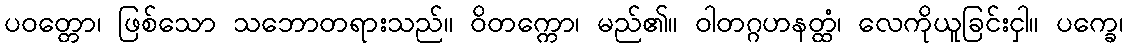
ပဝတ္တော၊ ဖြစ်သော သဘောတရားသည်။ ဝိတက္ကော၊ မည်၏။ ဝါတဂ္ဂဟနတ္ထံ၊ လေကိုယူခြင်းငှါ။ ပက္ခေ၊